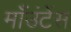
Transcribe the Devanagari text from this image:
माँउंटेंस